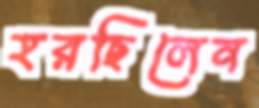
হরছিলেন